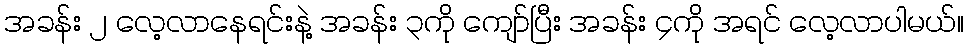
အခန်း ၂ လေ့လာနေရင်းနဲ့ အခန်း ၃ကို ကျော်ပြီး အခန်း ၄ကို အရင် လေ့လာပါမယ်။